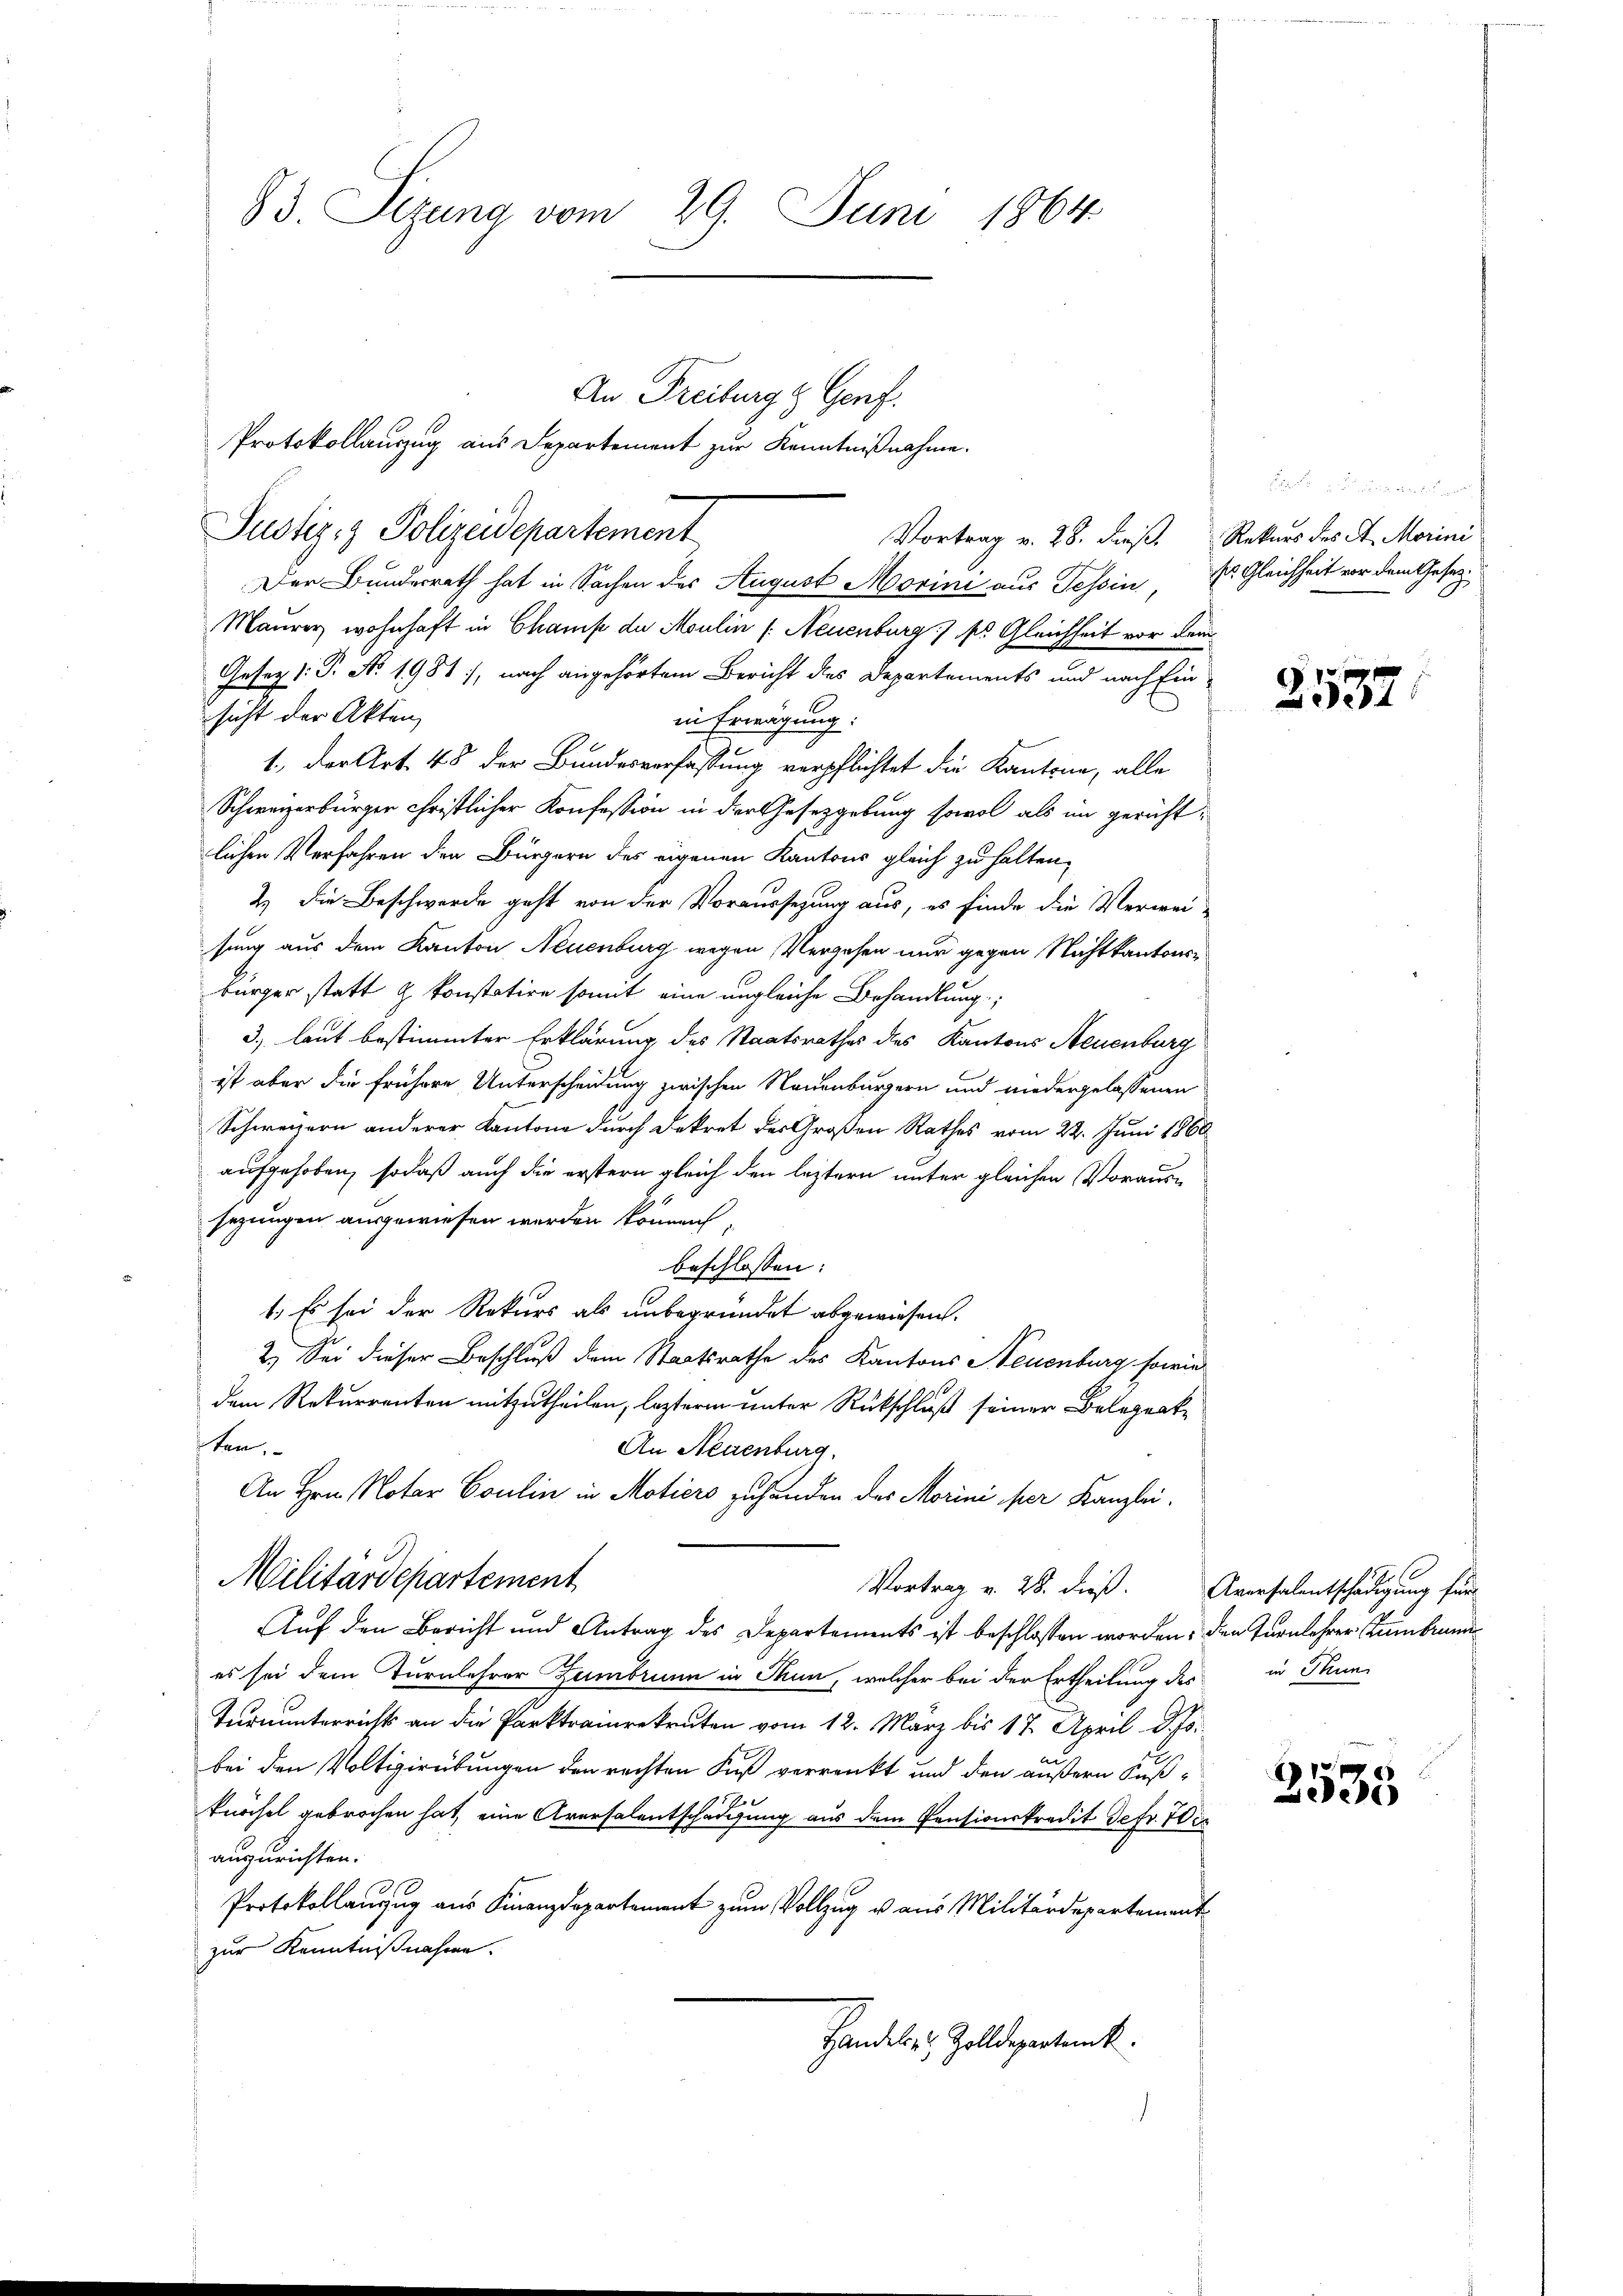
83. Sizung vom 29. Juni 1864.

Protokollauszug aus Departement zur Kenntnißnahme.
Der Bundesrath hat in Sachen des August Morini aus Tessin, Er Gleichheit vor dem Gesetz¬
Maurer wohnhaft in Champ de Moulin /: Neuenburg) ss Gleichheit vor dem
Gesetz 1: P. Nr. 1981), nach angehörtem Bericht des Departements und nach Einsicht der Akten
in Erwägung:
1.) Der Art. 48 der Bundesverfassung verpflichtet die Kantone, alle
Schweizerbürger christlicher Konfession in der Gesetzgebung sowol als im gerichtlichen Verfahren den Bürgern des eigenen Kantons gleich zu halten,
2.) Die Beschwerde geht von der Voraussezung aus, es finde die Verwei-
sung aus dem Kanton Neuenburg wegen Vergehen nur gegen Nichtkantonsbürger statt & konstatire somit eine ungleiche Behandlung
3.) laut bestimmter Erklärung des Staatsrathes des Kantons Neuenburg
ist aber die frühere Unterscheidung zwischen Neuenburgern und niedergelassenen
Schweizern anderer Kantone durch Dekret des Großen Rathes vom 22. Juni 1860
aufgehoben, sodaß auch die erstern gleich den leztern unter gleichen Voraussezungen ausgewiesen werden können
beschlossen:
1.) Es sei der Rekurs als unbegründet abgewiesen.
2.) Sei dieser Beschluß dem Staatsrathe des Kantons Neuenburg sowie
dem Rekurrenten mitzutheilen, lezterm unter Rückschluß seiner Belegenk
ten.
An Neuenburg,
An Hrn. Notar Coulin in Motiers zuhanden des Morini per Kanzlei-
Militärdepartement
Vortrag v. 28. dieß. Aversalentschädigung für
Auf den Bericht und Antrag des Departements ist beschlossen worden, den Turnlehrer Tumbrunn
es sei dem Turnlehrer Zumbrunn in Thun, welcher bei der Ertheilung des in Thun
Turnunterrichts an die Parktrainrekruten vom 12. März bis 17. April d. Js.
bei den Voltigirübungen den rechten Fuß verrenkt und den äußern Kußx
knöchel gebrochen hat, eine Aversalentschädigung aus dem Pensionskredit defr. 70
auszurichten.
Protokollanzug aus Finanzdepartement zum Vollzug u. aus Militärdepartement
zur Kenntnißnahme.
Handels & Zolldepartenk

Justiz & Polizeidepartement

An Freiburg & Genf.
Vortrag v. 28. dieß, Rekurs des St. Morini

er an der er

.

2537.

2535